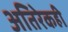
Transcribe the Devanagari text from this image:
अतिरेकही